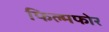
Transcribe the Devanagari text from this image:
फिल्मफोर